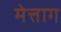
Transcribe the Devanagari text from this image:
मेत्ताग